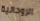
الروحانية